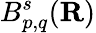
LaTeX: B_{p,q}^{s}(\mathbf{R})